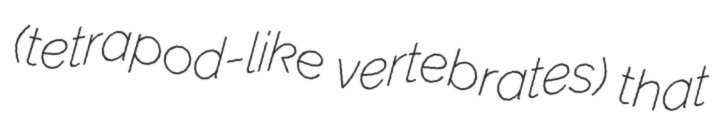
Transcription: (tetrapod-like vertebrates) that